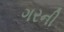
ગરની